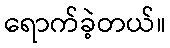
ရောက်ခဲ့တယ်။